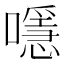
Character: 𡁋